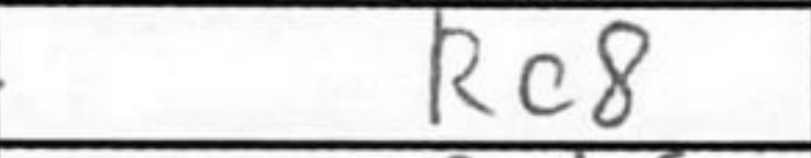
Transcription: Rc8